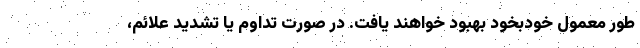
طور معمول خودبخود بهبود خواهند یافت. در صورت تداوم یا تشدید علائم،